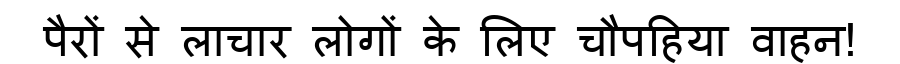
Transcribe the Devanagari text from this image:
पैरों से लाचार लोगों के लिए चौपहिया वाहन!